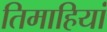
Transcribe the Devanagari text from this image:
तिमाहियां